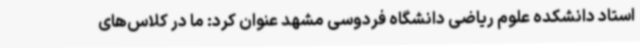
استاد دانشکده علوم ریاضی دانشگاه فردوسی مشهد عنوان کرد: ما در کلاس‌های